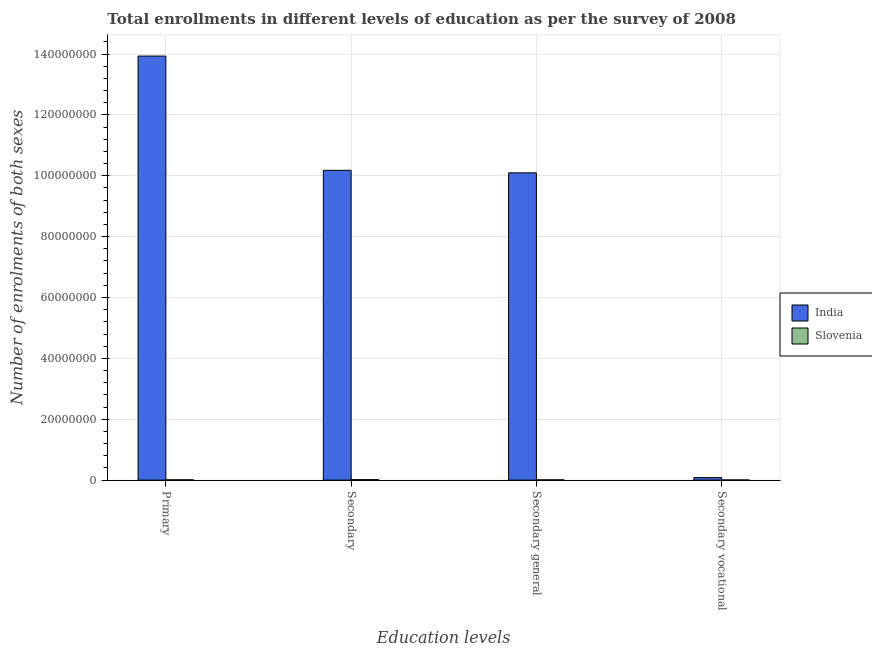
| Education levels | India | Slovenia |
 | --- | --- | --- |
 | Primary | 1.39e+08 | 1.07e+05 |
 | Secondary | 1.02e+08 | 1.47e+05 |
 | Secondary general | 1.01e+08 | 9.39e+04 |
 | Secondary vocational | 8.29e+05 | 5.36e+04 |